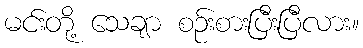
မင်းတို့ သေချာ စဉ်းစားပြီးပြီလား။